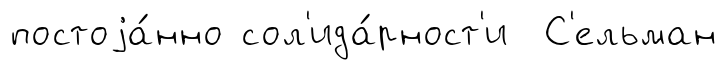
постоjа́нно сол'ида́рност'и С'ельман